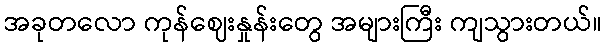
အခုတလော ကုန်ဈေးနှုန်းတွေ အများကြီး ကျသွားတယ်။